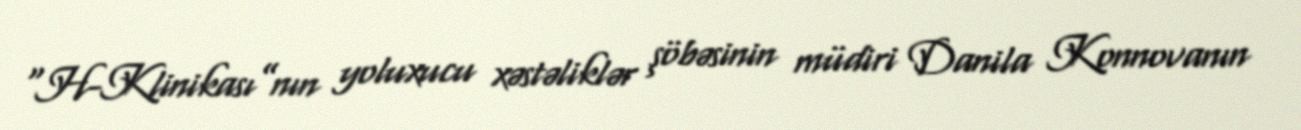
“H-Klinikası”nın yoluxucu xəstəliklər şöbəsinin müdiri Danila Konnovanın